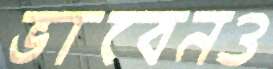
ভাবেনও